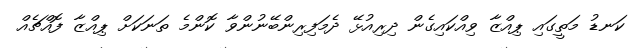
ކަނޑު މަތީގައި ޕިއްޒާ ވިއްކައިގެން ދިރިއުޅޭ ދެމަފިރިންބޭނުންވާ ކޮންމެ ތަނަކަށް ޕިއްޒާ ފޮއްޗެއް